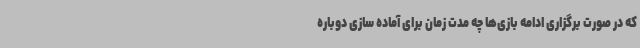
که در صورت برگزاری ادامه بازی‌ها چه مدت زمان برای آماده سازی دوباره